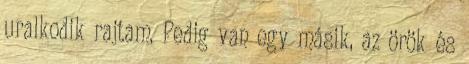
uralkodik rajtam. Pedig van egy másik, az örök és